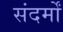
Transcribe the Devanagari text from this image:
संदर्मों